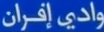
وادي إفران